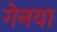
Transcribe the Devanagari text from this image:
गेनवा